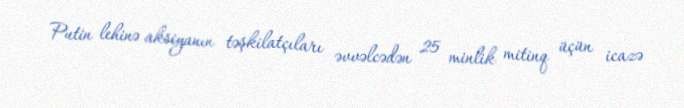
Putin lehinə aksiyanın təşkilatçıları əvvəlcədən 25 minlik mitinq üçün icazə